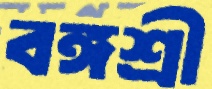
বঙ্গশ্রী